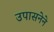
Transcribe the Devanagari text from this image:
उपासनेने